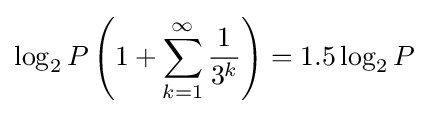
\log _{2}{P}\left(1+\sum _{k=1}^{\infty }{\frac {1}{3^{k}}}\right)=1.5\log _{2}{P}